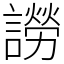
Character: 䜎